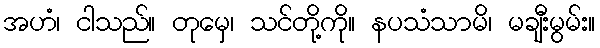
အဟံ၊ ငါသည်။ တုမှေ၊ သင်တို့ကို။ နပသံသာမိ၊ မချီးမွမ်း။